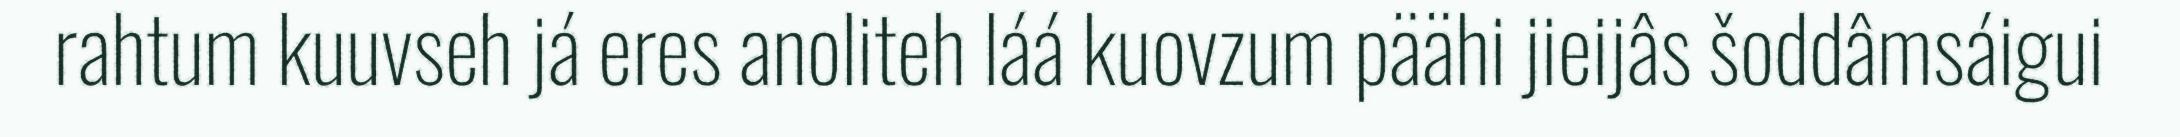
rahtum kuuvseh já eres anoliteh láá kuovzum päähi jieijâs šoddâmsáigui